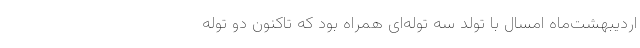
اردیبهشت‌ماه امسال با تولد سه توله‌ای همراه بود که تاکنون دو توله